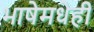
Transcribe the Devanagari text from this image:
भाषेमधेही